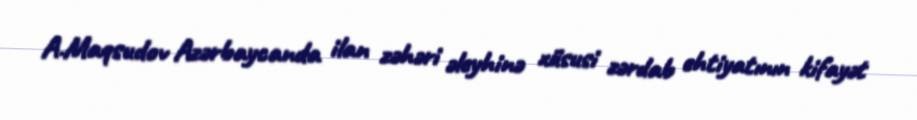
A.Maqsudov Azərbaycanda ilan zəhəri əleyhinə xüsusi zərdab ehtiyatının kifayət